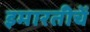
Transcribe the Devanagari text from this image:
इमारतीचें